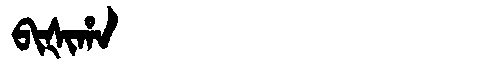
Manchu: ᠪᡳᡧᡳᡥᠠ
Romanization: BIŠIHA